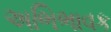
અભિભાવક